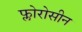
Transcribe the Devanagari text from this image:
फ्लोरोसीन